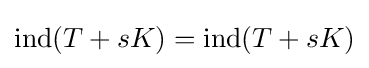
{\text{ind}}(T+sK)={\text{ind}}(T+sK)